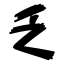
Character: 乏